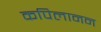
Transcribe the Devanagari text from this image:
कपिलानन